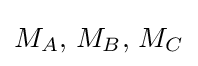
M_{A},\,M_{B},\,M_{C}